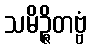
သမိဉ္ဇိတဗ္ဗံ